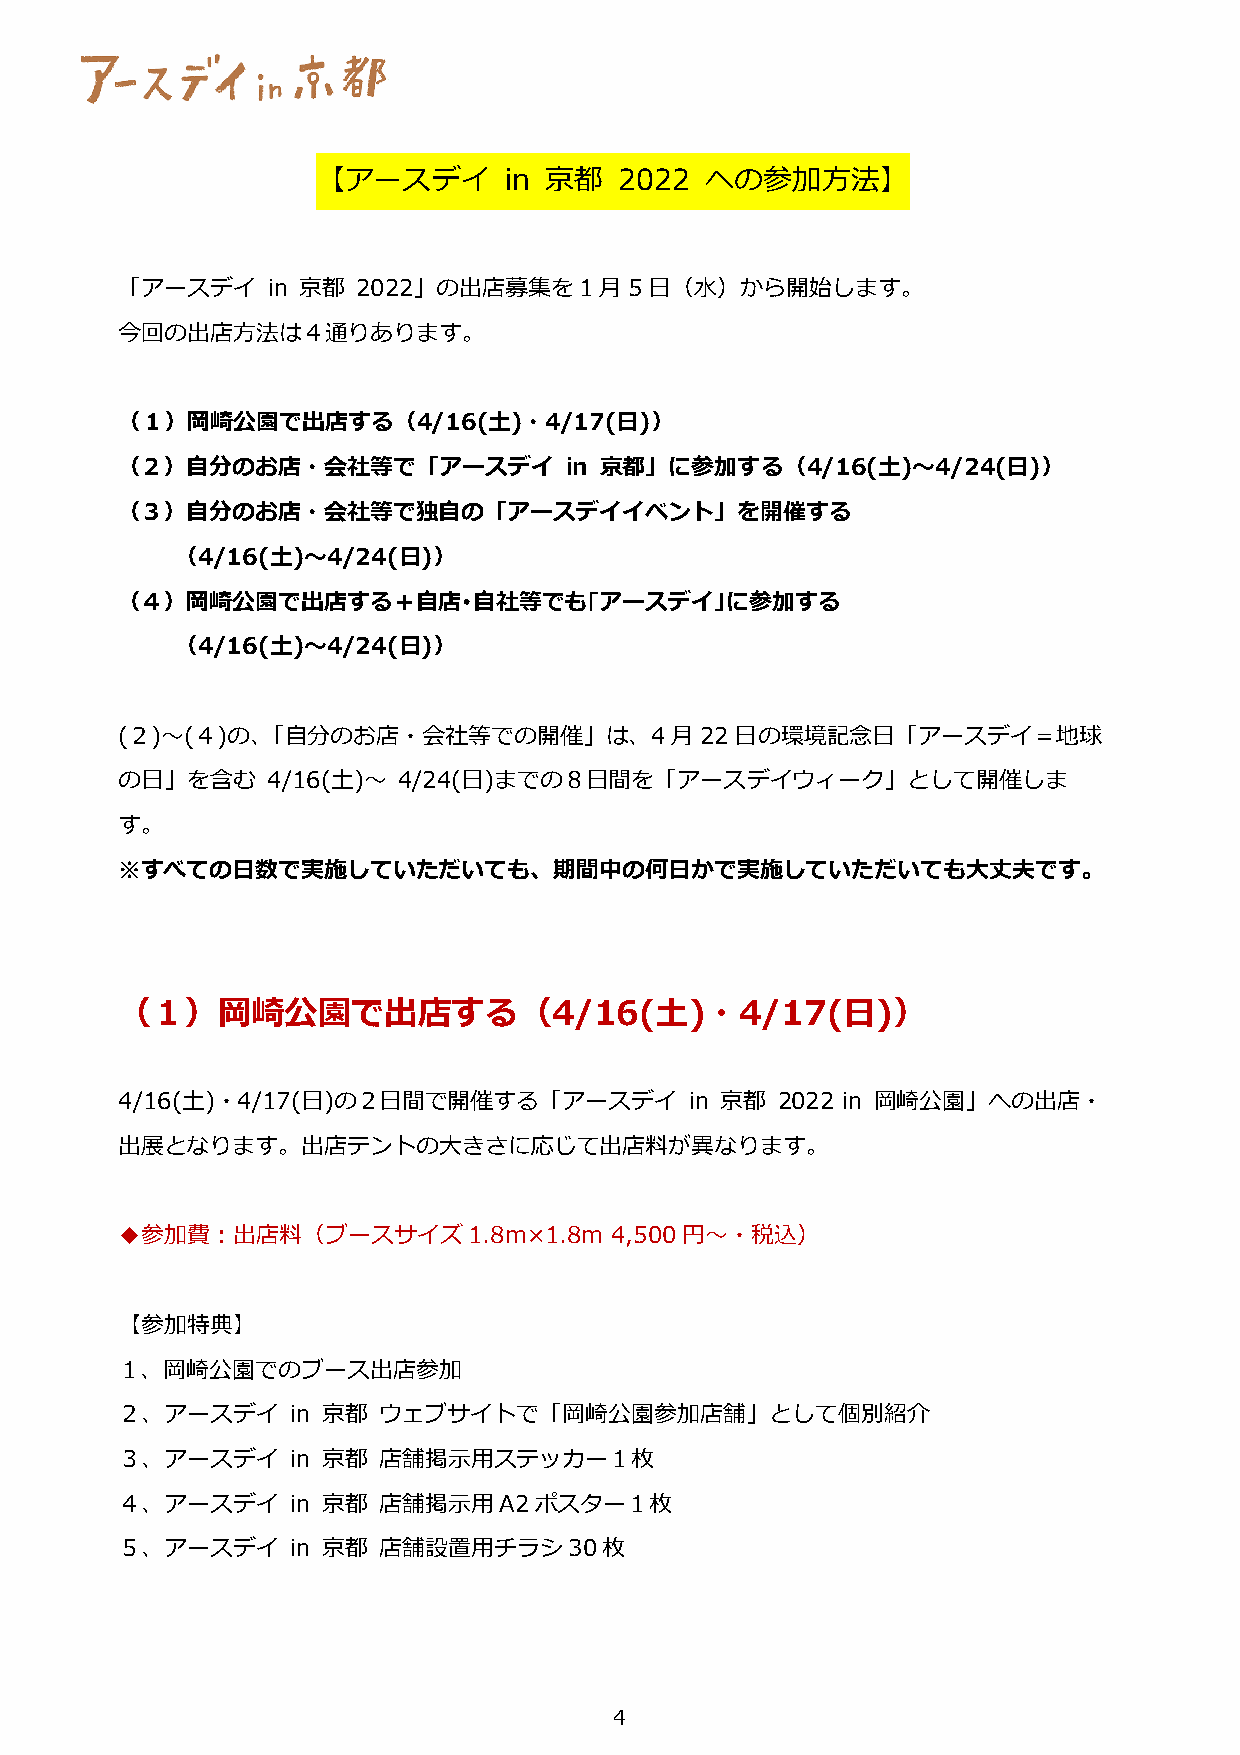
【アースデイ      in 京都   2022  への参加⽅法】
 「アースデイ    in 京都 2022」の出店募集を1⽉5⽇（⽔）から開始します。
 今回の出店⽅法は４通りあります。
 （１）岡崎公園で出店する（4/16(⼟)・4/17(⽇)）
 （２）⾃分のお店・会社等で「アースデイ          in 京都」に参加する（4/16(⼟)〜4/24(⽇)）
 （３）⾃分のお店・会社等で独⾃の「アースデイイベント」を開催する
 （4/16(⼟)〜4/24(⽇)）
 （４）岡崎公園で出店する＋⾃店･⾃社等でも｢アースデイ｣に参加する
 （4/16(⼟)〜4/24(⽇)）
 (２)〜(４)の、「⾃分のお店・会社等での開催」は、4⽉22⽇の環境記念⽇「アースデイ＝地球
 の⽇」を含む    4/16(⼟)〜 4/24(⽇)までの８⽇間を「アースデイウィーク」として開催しま
 す。
 ※すべての⽇数で実施していただいても、期間中の何⽇かで実施していただいても⼤丈夫です。
 （１）岡崎公園で出店する（4/16(⼟)・4/17(⽇)）
 4/16(⼟)・4/17(⽇)の２⽇間で開催する「アースデイ        in 京都 2022 in 岡崎公園」への出店・
 出展となります。出店テントの⼤きさに応じて出店料が異なります。
 ◆参加費︓出店料（ブースサイズ1.8m×1.8m        4,500円〜・税込）
 【参加特典】
 １、岡崎公園でのブース出店参加
 ２、アースデイ    in 京都 ウェブサイトで「岡崎公園参加店舗」として個別紹介
 ３、アースデイ    in 京都 店舗掲⽰⽤ステッカー１枚
 ４、アースデイ    in 京都 店舗掲⽰⽤A2ポスター１枚
 ５、アースデイ    in 京都 店舗設置⽤チラシ30枚
 4